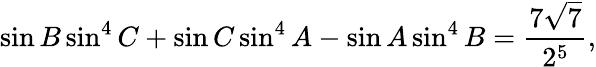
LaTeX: \sin B\sin^{4}C+\sin C\sin^{4}A-\sin A\sin^{4}B={\frac{7{\sqrt{7}}}{2^{5}}},